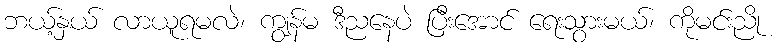
ဘယ့်နှယ် လာယူရမလဲ၊ ကျွန်မ ဒီညနေပဲ ပြီးအောင် ရေးသွားမယ်၊ ကိုမင်းညို